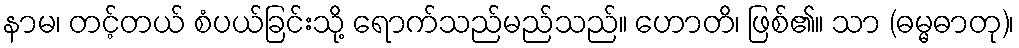
နာမ၊ တင့်တယ် စံပယ်ခြင်းသို့ ရောက်သည်မည်သည်။ ဟောတိ၊ ဖြစ်၏။ သာ (ဓမ္မဓာတု)၊